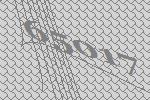
65017